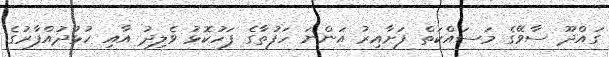
ގައްދޫ ސާވޭގެ މަސައްކަތް ފަށާއިރު އަންނަ ހަފުތާގެ ފަހުކޮޅު ވެލިދު އާއި ހުޅުދުއްފާރުގެ